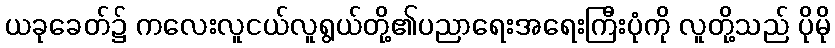
ယခုခေတ်၌ ကလေးလူငယ်လူရွယ်တို့၏ပညာရေးအရေးကြီးပုံကို လူတို့သည် ပိုမို